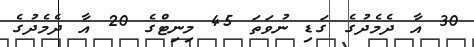
30 އާ ދެމެދުގެ ގަޑި ނުވަތަ 45 މިނިޓްގެ 20 އާ ދެމެދުގެ